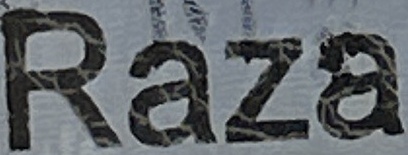
Raza